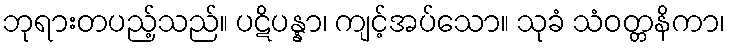
ဘုရားတပည့်သည်။ ပဋိပန္နာ၊ ကျင့်အပ်သော။ သုခံ သံဝတ္တနိကာ၊